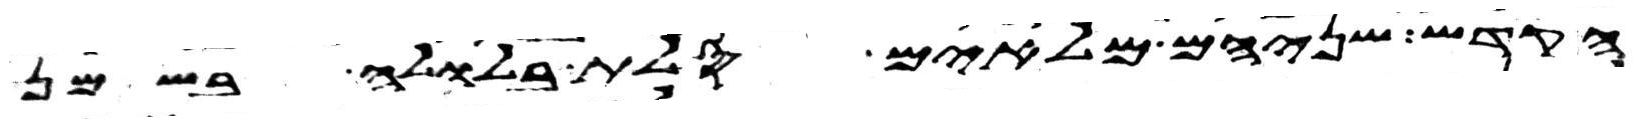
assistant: הקדש שניהם מלאים סלת בלולה בשמן